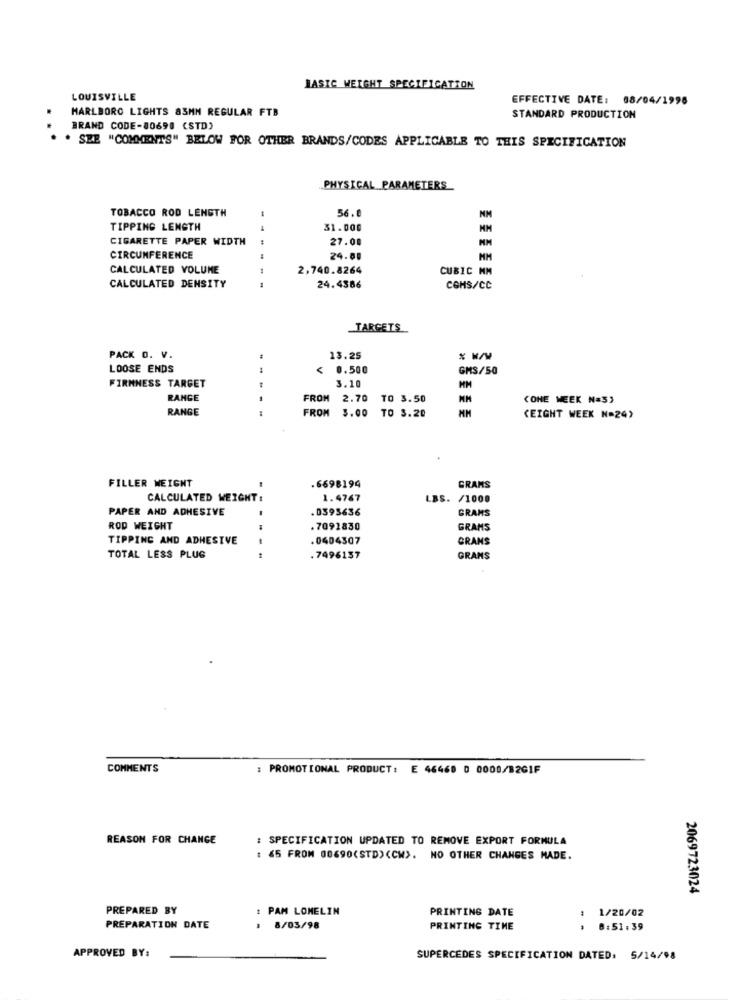
BASIC WEIGHT SPECIFICATION
LOUISVILLE
EFFECTIVE DATE: 08/04/1996
MARLBORO LIGHTS 83MN REGULAR FTB
STANDARD PRODUCTION
BRAND CODE-80698 (STD)
. SEE "COMMENTS" BELOW FOR OTHER BRANDS/CODES APPLICABLE TO THIS SPECIFICATION
PHYSICAL PARAMETERS
TOBACCO ROD LENGTH
56.0
44
NM
TIPPING LENGTH
31.000
CIGARETTE PAPER WIDTH
:
27.00
CIRCUMFERENCE
24.00
MM
CALCULATED VOLUME
2,740.8264
CUBIC MM
CALCULATED DENSITY
24.4386
CGHS/CC
TARGETS
PACK O. V.
13.25
LOOSE ENDS
< 0.500
GMS/50
3.10
FIRMNESS TARGET
RANGE
FROM
2.70
TO 3.50
CONE MEEK N=5,
RANGE
FROM 3.00
TO 3.20
(EIGHT WEEK N=24)
FILLER WEIGHT
.6698194
GRAMS
CALCULATED WEIGHT :
1.4767
LBS. /1000
PAPER AND ADHESIVE
.0395636
GRAMS
ROD WEIGHT
.7091830
GRAMS
TIPPING AND ADHESIVE
-
.0404307
GRANS
TOTAL LESS PLUS
.7496157
GRAMS
COMMENTS
: PROMOTIONAL PRODUCT : E 46468 0 0000/8261F
REASON FOR CHANGE
: SPECIFICATION UPDATED TO REMOVE EXPORT FORMULA
: < 5 FROM 00690(STD) <CW>. NO OTHER CHANGES MADE.
2069723024
PREPARED BY
: PAM LOMELIN
PRINTING DATE
1/20/02
PREPARATION DATE
: 8/03/98
PRINTING TIME
8:51:39
--
APPROVED BY:
SUPERCEDES SPECIFICATION DATED: 5/14/98